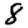
Digit: 8